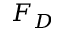
F _ { D }